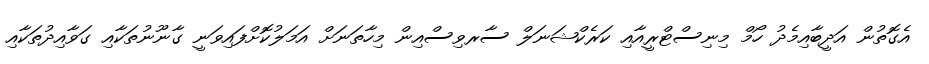
އެގޮތުން އަދީބާއިމެދު ހޯމް މިނިސްޓްރީއާއި ކަރެކްޝަނަލް ސާރވިސްއިން މިހާތަނަށް އަމަލުކޮށްފައިވަނީ ގާނޫނުތަކާއި ގަވާއިދުތަކާއި